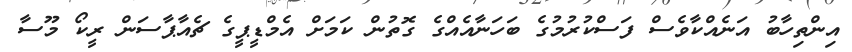
އިންތިހާބު އަނެއްކާވެސް ފަސްކުރުމުގެ ބަހަނާއެއްގެ ގޮތުން ކަމަށް އެމްޑީޕީގެ ޗެއާޕާސަން ރީކޯ މޫސާ